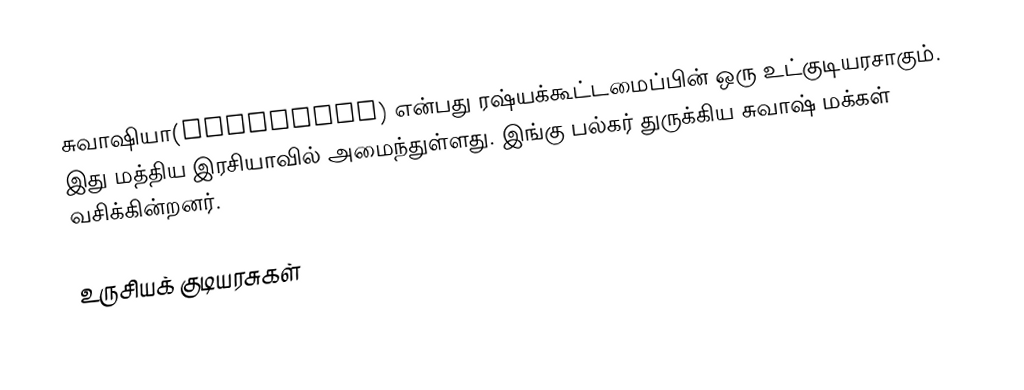
சுவாஷியா(Chuvashia) என்பது ரஷ்யக்கூட்டமைப்பின் ஒரு உட்குடியரசாகும். இது மத்திய இரசியாவில் அமைந்துள்ளது. இங்கு பல்கர் துருக்கிய சுவாஷ் மக்கள் வசிக்கின்றனர்.

உருசியக் குடியரசுகள்